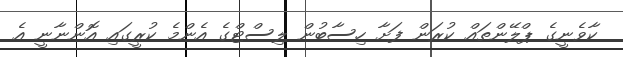
ކާވެނީގެ ޕްލޭންތައް ކުރަން ފަށާ ހިސާބުން ލިސްޓްގެ އެންމެ ކުރީގައި އޮންނާނީ އެ